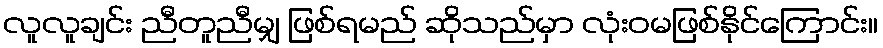
လူလူချင်း ညီတူညီမျှ ဖြစ်ရမည် ဆိုသည်မှာ လုံးဝမဖြစ်နိုင်ကြောင်း။